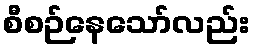
စီစဉ်နေသော်လည်း